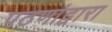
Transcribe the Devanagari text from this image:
पठणांद्वारा